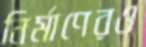
নির্মাণেরও